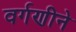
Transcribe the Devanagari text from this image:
वर्गणीने